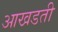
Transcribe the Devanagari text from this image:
आखडती